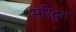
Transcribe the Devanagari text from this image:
सरिद्वरा